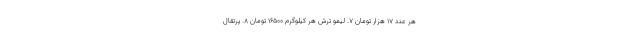
هر عدد ۱۷ هزار تومان ۷. لیمو تُرش هر کیلوگرم ۱۶۵۰۰ تومان ۸. پرتقال